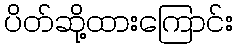
ပိတ်ဆို့ထားကြောင်း